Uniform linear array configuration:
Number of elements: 4
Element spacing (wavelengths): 0.5
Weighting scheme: hamming
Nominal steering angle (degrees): -30
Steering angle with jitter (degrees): -28.945
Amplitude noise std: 0.05
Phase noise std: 0.05

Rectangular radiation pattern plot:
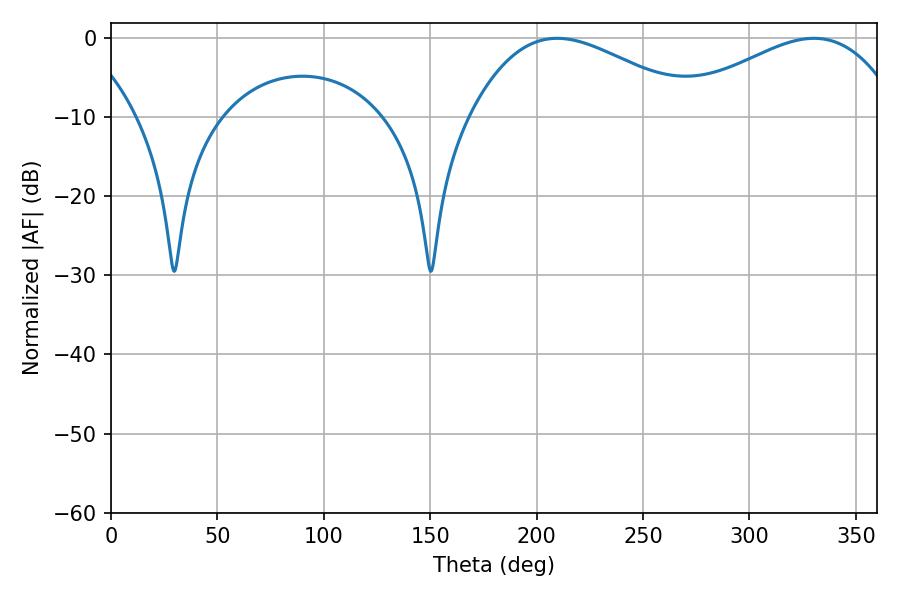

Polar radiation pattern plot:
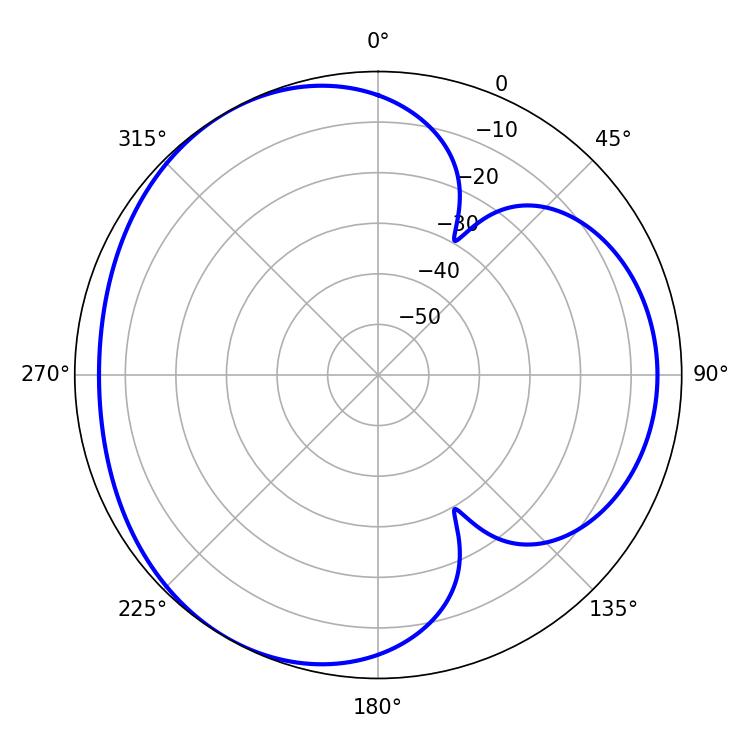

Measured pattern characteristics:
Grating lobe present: FALSE
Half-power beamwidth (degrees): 58.14
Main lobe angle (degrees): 209.7